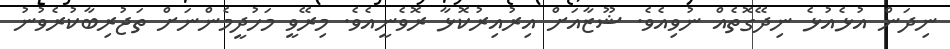
ނިދަން އުޅެއުޅެ ނިދޭގޮތެއް ނުވިއެވެ. ޝޫޒާއަށް އިރުއިރުކޮޅާ ރޮވެނީއެވެ. މިރޭވީ މަހުދީމެންނަށް ތަޖުރިބާކުރެވުނު